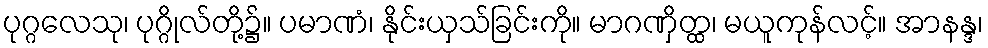
ပုဂ္ဂလေသု၊ ပုဂ္ဂိုလ်တို့၌။ ပမာဏံ၊ နိုင်းယှသ်ခြင်းကို။ မာဂဏှိတ္ထ၊ မယူကုန်လင့်။ အာနန္ဒ၊